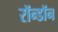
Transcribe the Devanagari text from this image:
रॉन्डॉन